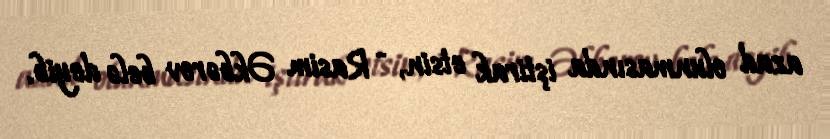
azad olunmasında iştirak etsin, - Rasim Əkbərov belə deyib.